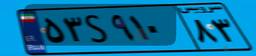
۵۳S۹۱۰۸۳